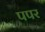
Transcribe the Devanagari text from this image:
पपर